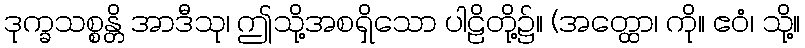
ဒုက္ခသစ္စန္တိ အာဒီသု၊ ဤသို့အစရှိသော ပါဠိတို့၌။ (အတ္ထော၊ ကို။ ဧဝံ၊ သို့။